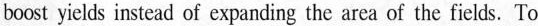
boost yields instead of expanding the area of the fields. To